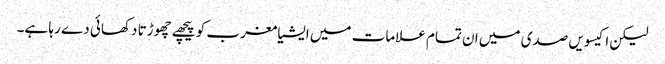
لیکن اکیسویں صدی میں ان تمام علامات میں ایشیا مغرب کو پیچھے چھوڑتا دکھائی دے رہا ہے۔